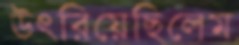
উৎরিয়েছিলেম